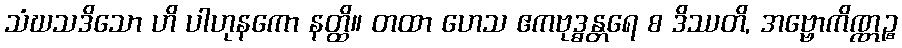
သံဃသဒိသော ဟိ ပါဟုနကော နတ္ထိ။ တထာ ဟေသ ဧကဗုဒ္ဓန္တရေ စ ဒိဿတိ, အဗ္ဗောကိဏ္ဏဉ္စ